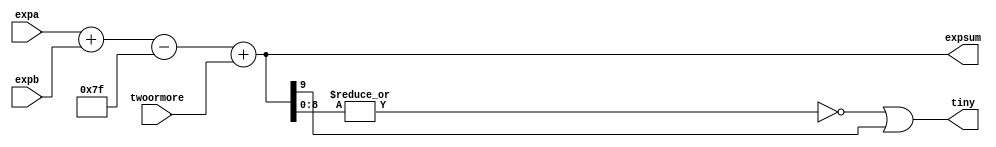
`define NWIDTH 6'b010100
`define BLOCKWIDTH 4'b0101
`define DDRWIDTH 7'b0100000
`define DDRNUMDQS 4'b0100
`define DDRSIZEWIDTH 6'b011000
`define BURSTLEN 3'b010
`define MEMCONWIDTH 8'b01000000
`define MEMCONNUMBYTES 5'b01000
`define RAMWIDTH 10'b0100000000
`define RAMNUMBYTES 7'b0100000
`define RAMSIZEWIDTH 4'b0101
`define TOPWIDTH 7'b0100000
`define rFIFOINPUTWIDTH 8'b01000000
`define wFIFOINPUTWIDTH 10'b0100000000
`define mFIFOWIDTH 6'b011100
`define aFIFOWIDTH 4'b0101
`define SIMULATION_MEMORY
`define BLOCKM 6'b010000
`define BLOCKN 6'b010000
`define BLOCKMDIVK 3'b010
`define MEMBLOCKM 5'b01000
`define MEMBLOCKN 5'b01000
`define NWIDTH 6'b010100
`define BLOCKWIDTH 4'b0101
`define DDRSIZEWIDTH 6'b011000
`define RAMSIZEWIDTH 4'b0101
`define START 1'b0 //0
`define SETUP 2'b01 //1
`define FIRST 3'b010 //2
`define MODE0_SETUP 3'b011 //3
`define MODE0_WAIT 4'b0100 //4
`define MODE0 4'b0101 //5
`define MODE1_SETUP 4'b0110 //6
`define MODE1_WAIT 4'b0111 //7
`define MODE1 5'b01000 //8
`define MODE2_SETUP 5'b01001 //9
`define MODE2_WAIT 5'b01010 //10
`define MODE2 5'b01011 //11
`define MODE3_SETUP 5'b01100 //12
`define MODE3_WAIT 5'b01101 //13
`define MODE3 5'b01110 //14
`define STALL 5'b01111 //15
`define STALL_WAIT 6'b010000 //16
`define WAIT 6'b010001 //17
`define FINAL_WRITE 6'b010010 //18
`define FINAL_WAIT 6'b010011 //19
`define IDLE 6'b010100 //20
`define LAST_SETUP 6'b010101 //21
`define LAST_SETUP_WAIT 6'b010110 //22
`define LAST 6'b010111 //23
`define LAST_WAIT 6'b011000 //24
`define MEM_IDLE 1'b0 //0
`define MEM_WRITE 2'b01 //1
`define MEM_WRITE_WAIT 3'b010 //2
`define MEM_CHECK_DONE 3'b011 //3
`define MEM_READ 4'b0100 //4
`define MEM_READ_WAIT 4'b0101 //5
`define MEM_DONE 4'b0110 //6
`define MEM_WAIT_DONE 4'b0111 //7
`define rRAMSIZEWIDTH 5
`define cSETUP 4'b0000
`define cSTART 4'b0001
`define cFETCH_COL 4'b0010
`define cWAIT_COL 4'b0011
`define cFIND_REC 4'b0100
`define cMULT_COL 4'b0101
`define cUPDATE_J 4'b0110
`define cSTORE_MO 4'b0111
`define cMULT_SUB 4'b1000
`define cINCRE_I 4'b1001
`define cWAIT 4'b1010
`define cDONE 4'b1011
`define cSTORE_DIAG 4'b1100
`define cSTORE_DIAG2 4'b1101
`define cSTART_FETCH_ROW 4'b1110
`define cROW_WAIT 2'b00
`define cFETCH_ROW 2'b01
`define cDONE_FETCH_ROW 2'b10
`define cLOAD_ROW_INC_J 2'b11
`define PRECISION 7'b0100000
`define NUMPE 5'b01000
`define PEWIDTH 3'b011
`define BLOCKWIDTH 4'b0101
`define RAMWIDTH 10'b0100000000
`define RAMNUMBYTES 7'b0100000
`define RAMSIZEWIDTH 4'b0101
`define TOPSIZEWIDTH 5'b01000
`define TOPINPUTDELAY 3'b011
`define TOPOUTPUTDELAY 2'b01
`define MEMINPUTDELAY 3'b010
`define MEMOUTPUTDELAY 2'b01
`define TOPWIDTH 7'b0100000
//`define rFIFOINPUTWIDTH 64
`define rFIFOSIZE 64
`define rFIFOSIZEWIDTH 6
`define rFIFOOUTPUTWIDTH 256
`define rFIFORSIZEWIDTH 4
	`define wFIFOINPUTWIDTH 10'b0100000000
	`define wFIFOSIZE 6'b010000
	`define wFIFOSIZEWIDTH 4'b0100
	`define wFIFOOUTPUTWIDTH 8'b01000000
	`define wFIFORSIZEWIDTH 4'b0110
`define aFIFOSIZE 6'b010000
`define aFIFOSIZEWIDTH 4'b0100
`define aFIFOWIDTH 4'b0101
`define mFIFOSIZE 16
`define mFIFOSIZEWIDTH 4
//`define mFIFOWIDTH 28
`define BURSTLEN 3'b010
`define BURSTWIDTH 3'b010
`define DATAWIDTH 10'b0100000000
`define DATANUMBYTES 7'b0100000
`define MEMCONWIDTH 8'b01000000
`define MEMCONNUMBYTES 5'b01000
`define DDRSIZEWIDTH 6'b011000
`define FIFOSIZE 6'b010000
`define FIFOSIZEWIDTH 4'b0100
`define RAMWIDTH 10'b0100000000
`define RAMNUMBYTES 7'b0100000
`define RAMSIZEWIDTH 4'b0101
`define RATIO 4'b0100
`define RAMLAT 4'b0101
`define dIDLE 0
`define dWRITE 1
`define dREAD 2
`define ZERO        8'b00000000  
`define ONE         8'b00000001  
`define TWO         8'b00000010  
`define THREE 		  8'b00000011  
`define FOUR		  8'b00000100  
`define FIVE		  8'b00000101  
`define SIX         8'b00000110  
`define SEVEN       8'b00000111  
`define EIGHT       8'b00001000  
`define NINE        8'b00001001  
`define TEN         8'b00001010  
`define ELEVEN      8'b00001011  
`define TWELVE      8'b00001100  
`define THIRTEEN    8'b00001101  
`define FOURTEEN    8'b00001110  
`define FIFTEEN     8'b00001111  
`define SIXTEEN     8'b00010000  
`define SEVENTEEN   8'b00010001  
`define EIGHTEEN	  8'b00010010  
`define NINETEEN    8'b00010011  
`define TWENTY		  8'b00010100  
`define TWENTYONE   8'b00010101  
`define TWENTYTWO   8'b00010110  
`define TWENTYTHREE 8'b00010111  
`define TWENTYFOUR  8'b00011000  
`define WEXP	8  
`define WSIG	23  
`define WFLAG	5  
`define WCONTROL 5  
`define DIVZERO 	0  
`define INVALID 	1  
`define INEXACT 	2  
`define OVERFLOW 	3  
`define UNDERFLOW	4  
`define WIDTH 		32 	//(`WEXP + `WSIG + 1)  
`define PRODWIDTH	48 	//(2 * (`WSIG + 1))  
`define SHIFTWIDTH	96 	//(2 * `PRODWIDTH))  
`define WPRENORM	24	// `WSIG + 1  
`define WEXPSUM		10	// `WEXP + 2  
`define BIAS		127	// (2^(`WEXP)) - 1  
`define WSIGMINUS1	22	// `WSIG - 1, used for rounding  
`define WSHIFTAMT	5	// log2(`WSIG + 1) rounded up  
`define UNDERBIAS	192	// 3 * 2 ^ (`WEXP -2)  
`define OVERBIAS	-192	// -`UNDERBIAS  
`define	EXTRASIG	25		// `WSIG+2 this is the amount of precision needed so no  
`define	SHIFT		5		// # bits the max alignment shift will fit in (log2(`WSIG+2)  
`define	MAX_EXP		8'b11111110	// the maximum non-infinite exponent,  
`define	INF_EXP		8'b11111111	// Infinity exponent, `WEXP bits, all 1  
`define	MAX_SIG		23'b11111111111111111111111  
`define	WEXP_0		8'b0		// Exponent equals `WEXP'b0  
`define	WEXP_1		8'b1		// Exponent equals one `WEXP'b1  
`define	WSIG_0		23'b0		// Significand equals zero `WSIG'b0  
`define	WSIG_1		23'b1		// Significand equals one `WSIG'b1  
`define	EXTRASIG_0	25'b0		// All result bits for adder zero `EXTRASIG'b0  
`define	MAXSHIFT	24		// `WSIG + 1  
`define CONSTNAN	{9'b111111111,22'b0}  
`define CONSTZERO	31'b0  
`define CONSTINFINITY	{8'b11111111, 23'b0}  
`define CONSTLARGEST	{`MAX_EXP, `MAX_SIG}  
`define PRESHIFTZEROS  48'b0 // `PRODWIDTH'b0  

module exponent(expa, expb, expsum, twoormore, tiny); 
 
  input	[`WEXPSUM-1:0]	expa, expb;	// the input exponents in 2's complement form 
					//	to accomodate denorms that have been 
					//	prenormalized 
  input			twoormore;	// product is outside range [1,2) 
 
  output [`WEXPSUM-1:0]	expsum;		// the sum of the exponents 
  output		tiny;		// Result is tiny (denormalized #) 
 
  // Sum the exponents, subtract the bias 
  // 	and add 1 (twoormore) if multiply went out of [1,2) range 
  assign expsum = expa + expb - `BIAS + twoormore; 
 
  // The result is tiny if the exponent is less than 1. 
  //	Because the exponent sum is in 2's-complement form, 
  //	it is negative if the first bit is 1, and zero if 
  //    all the bits are zero 
  assign tiny	= ~|expsum[`WEXPSUM-2:0] | expsum[`WEXPSUM-1]; 
 
 
endmodule